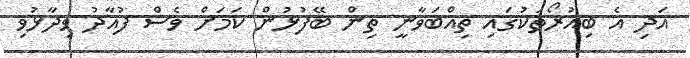
އަދި އެ ބިއުރޯތަކުގައި ތިއްބަވާނީ ތިން ބޭފުޅުން ކަމަށް ވެސް ފުއާދު ވިދާޅުވި